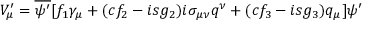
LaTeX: V _ { \mu } ^ { \prime } = \overline { { { \psi ^ { \prime } } } } [ f _ { 1 } \gamma _ { \mu } + ( c f _ { 2 } - i s g _ { 2 } ) i \sigma _ { \mu \nu } q ^ { \nu } + ( c f _ { 3 } - i s g _ { 3 } ) q _ { \mu } ] \psi ^ { \prime }